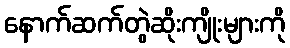
နောက်ဆက်တွဲဆိုးကျိုးများကို